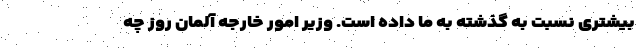
بیشتری نسبت به گذشته به ما داده است. وزیر امور خارجه آلمان روز چه